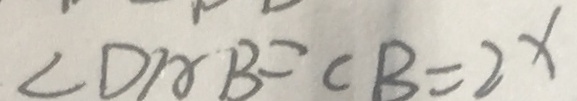
\angle D A B = C B = 2 x